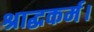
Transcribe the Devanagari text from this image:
श्राद्धकर्म।